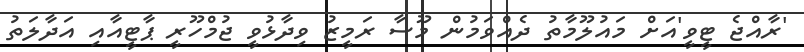
'ރާއްޖެ ޓީވީ'އަށް މައުލޫމާތު ދެއްވަމުން މޫސާ ރަމީޒު ވިދާޅުވީ ޖުމްހޫރީ ޕާޓީއާއި އަދާލަތު